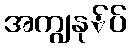
အကျွနု်ပ်